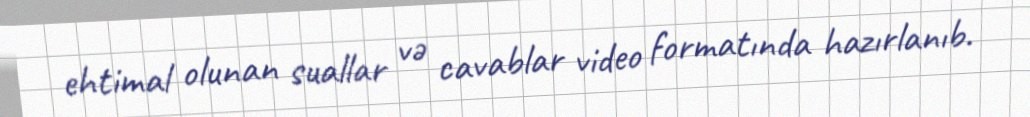
ehtimal olunan suallar və cavablar video formatında hazırlanıb.